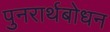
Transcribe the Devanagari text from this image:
पुनरार्थबोधन